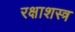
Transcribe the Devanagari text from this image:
रक्षाशस्त्र